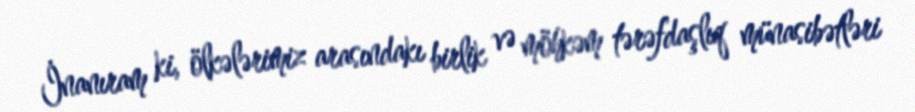
İnanıram ki, ölkələrimiz arasındakı birlik və möhkəm tərəfdaşlıq münasibətləri